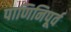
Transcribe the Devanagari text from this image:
पाणिनिपूर्व